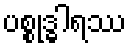
ပစ္စုဒ္ဓါရဿ